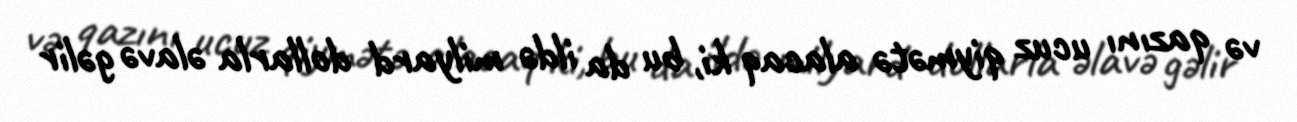
və qazını ucuz qiymətə alacaq ki, bu da ildə milyard dollarla əlavə gəlir